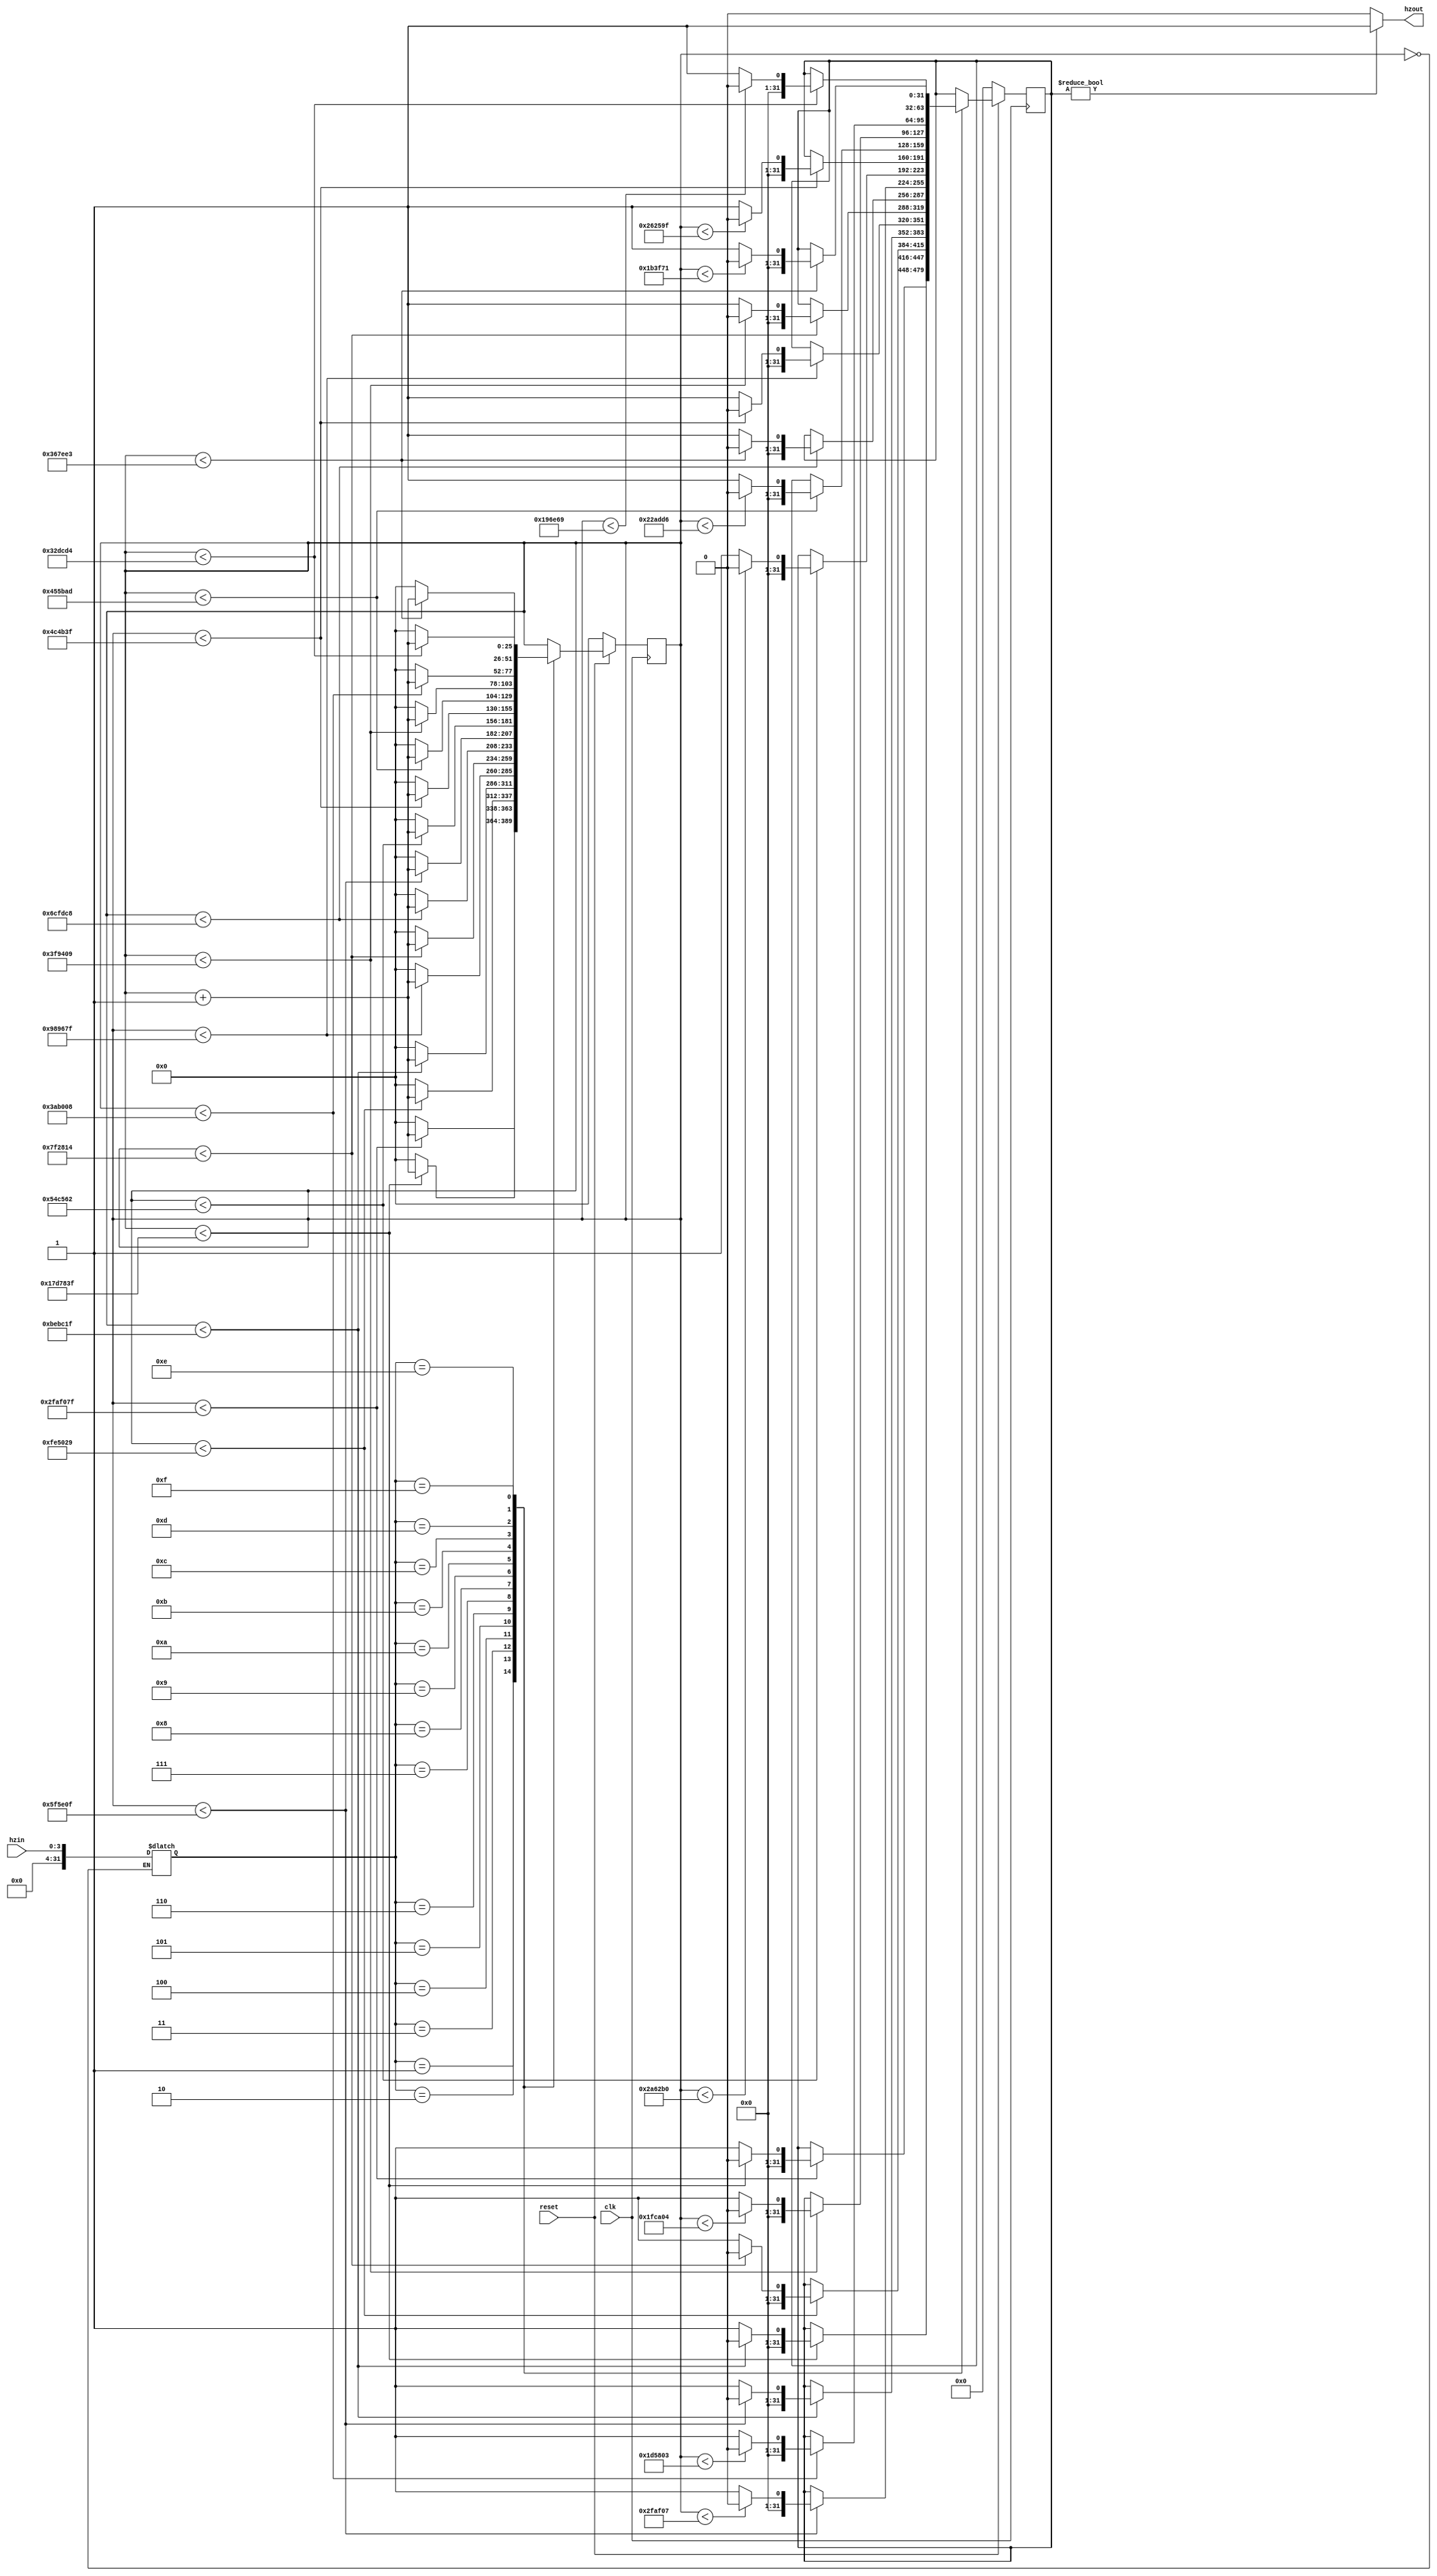
module clock_devider2(clk,reset,hzin,hzout);
input clk,reset;   input[3:0]hzin;
output  hzout;   reg[25:0] count=0; 
integer k, i=0;



parameter onehz=49999999; 
parameter twohz=24999999;
parameter threehz=16666665;
parameter fourhz=12499999;
parameter fivehz=9999999;
parameter sixhz=8333332;
parameter sevenhz=7142856;
parameter eighthz=6249999;
parameter ninehz=5555554;
parameter tenhz=4999999;
parameter elevenhz=4545453;
parameter twelvehz=4166665;
parameter thirdteenhz=3846152;
parameter fourteenhz=3571427;
parameter fifteenhz=3333332;


assign hzout=i?1:0;




always @(hzin,count)
if(count==0)k<=hzin;

always @(posedge clk)
begin
  if(!reset) begin count <=0; i<=0; end
  else
  begin
     
	    case(k)
	 
	    4'd1: if(count<  onehz )begin  if(count<(onehz-1)/2)i<=0;else i<=1; count<=count+1; end else count<=0;   //one hz
		 
		 4'd2: if(count<  twohz )begin  if(count<(twohz-1)/2)i<=0;else i<=1; count<=count+1; end else count<=0;   //two hz
		 
		 4'd3: if(count<  threehz )begin  if(count<(threehz-1)/2)i<=0;else i<=1; count<=count+1; end else count<=0;   //three hz
		 
		 4'd4: if(count<  fourhz )begin  if(count<(fourhz-1)/2)i<=0;else i<=1; count<=count+1; end else count<=0;   //four hz
		 
	    4'd5: if(count<  fivehz )begin  if(count<(fivehz-1)/2)i<=0;else i<=1; count<=count+1; end else count<=0;   //five hz
		 
		 4'd6: if(count<  sixhz )begin  if(count<(sixhz-1)/2)i<=0;else i<=1; count<=count+1; end else count<=0;   //six hz
		 
		 4'd7: if(count<  sevenhz )begin  if(count<(sevenhz-1)/2)i<=0;else i<=1; count<=count+1; end else count<=0;   //seven hz
		 
		 4'd8: if(count<  eighthz )begin  if(count<(eighthz-1)/2)i<=0;else i<=1; count<=count+1; end else count<=0;   //eight hz
		 
		 4'd9: if(count<  ninehz )begin  if(count<(ninehz-1)/2)i<=0;else i<=1; count<=count+1; end else count<=0;   //nine hz
		 
		 4'd10: if(count<  tenhz )begin  if(count<(tenhz-1)/2)i<=0;else i<=1; count<=count+1; end else count<=0;   //ten hz
		 
		 4'd11: if(count<  elevenhz )begin  if(count<(elevenhz-1)/2)i<=0;else i<=1; count<=count+1; end else count<=0;   //eleven hz
		 
		 4'd12: if(count<  twelvehz )begin  if(count<(twelvehz-1)/2)i<=0;else i<=1; count<=count+1; end else count<=0;   //twelve hz
		 
	    4'd13: if(count<  thirdteenhz )begin  if(count<(thirdteenhz-1)/2)i<=0;else i<=1; count<=count+1; end else count<=0;   //thirdteen hz
		 
		 4'd14: if(count<  fourteenhz )begin  if(count<(fourteenhz-1)/2)i<=0;else i<=1; count<=count+1; end else count<=0;   //fourteen hz
		 
		 4'd15: if(count<  fifteenhz )begin  if(count<(fifteenhz-1)/2)i<=0;else i<=1; count<=count+1; end else count<=0;   //fifteen hz
		 
	
		 
		
	 
	endcase
	  
	  
	  
  
  end
  
end
endmodule